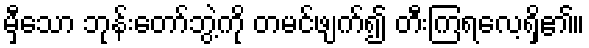
မှီသော ဘုန်းတော်ဘွဲ့ကို တမင်ဖျက်၍ တီးကြရလေ့ရှိ၏။